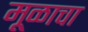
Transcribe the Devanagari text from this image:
मूळाचा